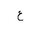
Letter: _ayn